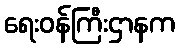
ရေးဝန်ကြီးဌာနက